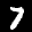
Label: 7